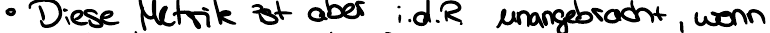
Die Metrik ist aber i.d.R. unangebracht, wenn